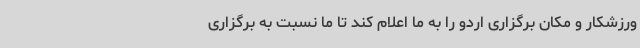
ورزشکار و مکان برگزاری اردو را به ما اعلام کند تا ما نسبت به برگزاری